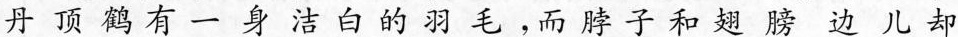
丹顶鹳有一身洁白的羽毛，而脖子和翅膀边儿却